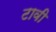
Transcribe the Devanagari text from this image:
टावी